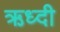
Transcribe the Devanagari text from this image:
ऋध्दी